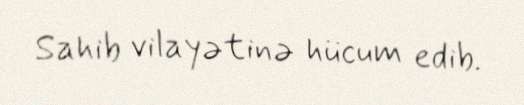
Sahib vilayətinə hücum edib.